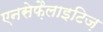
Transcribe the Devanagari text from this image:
एनसेफ़ैलाइटिज़